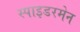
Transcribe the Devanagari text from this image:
स्पाइडरमेन